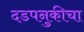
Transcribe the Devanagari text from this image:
दडपनुकीचा